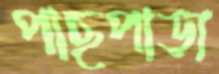
পাছপাড়া